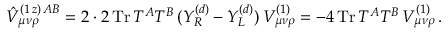
\hat { V } _ { \mu \nu \rho } ^ { ( 1 \, z ) \, A B } = 2 \cdot 2 \, \mathrm { T r } \, T ^ { A } T ^ { B } \, ( Y _ { R } ^ { ( d ) } - Y _ { L } ^ { ( d ) } ) \, V _ { \mu \nu \rho } ^ { ( 1 ) } = - 4 \, \mathrm { T r } \, T ^ { A } T ^ { B } \, V _ { \mu \nu \rho } ^ { ( 1 ) } \, .